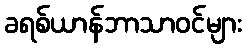
ခရစ်ယာန်ဘာသာဝင်များ